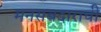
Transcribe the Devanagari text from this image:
मनसबदाराची